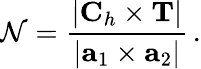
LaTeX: {\cal N}=\frac{|{\mathbf C}_{h}\times{\mathbf T}|}{|{\mathbf a}_{1}\times{\mathbf a}_{2}|}\, .